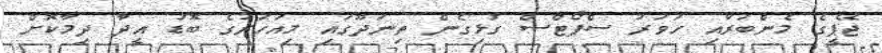
ޖޭޕީގެ މެންބަރާއި ހަވަރު ސްޕޯޓްސް ގުޅިގެން ތިނަދޫގައި މިއަހަރުގެ ބޮޑު އީދާ ދިމާކޮށް